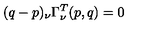
( q - p ) _ { \nu } \Gamma _ { \nu } ^ { T } ( p , q ) = 0